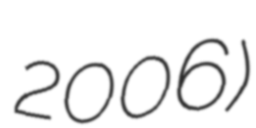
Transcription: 2006)